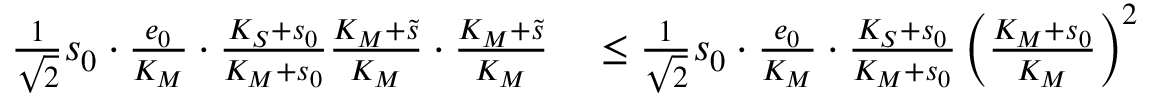
\begin{array} { r l } { \frac { 1 } { \sqrt 2 } s _ { 0 } \cdot \frac { e _ { 0 } } { K _ { M } } \cdot \frac { K _ { S } + s _ { 0 } } { K _ { M } + s _ { 0 } } \frac { K _ { M } + \widetilde s } { K _ { M } } \cdot \frac { K _ { M } + \widetilde s } { K _ { M } } } & { { } \leq \frac { 1 } { \sqrt 2 } s _ { 0 } \cdot \frac { e _ { 0 } } { K _ { M } } \cdot \frac { K _ { S } + s _ { 0 } } { K _ { M } + s _ { 0 } } \left( \frac { K _ { M } + s _ { 0 } } { K _ { M } } \right) ^ { 2 } } \end{array}